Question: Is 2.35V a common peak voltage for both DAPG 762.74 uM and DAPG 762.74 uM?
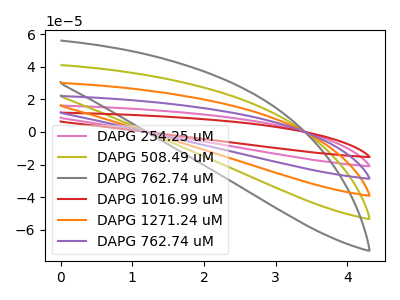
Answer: <think>The pink curve "DAPG 254.25 uM" has no peaks. The olive curve "DAPG 508.49 uM" has no peaks. The gray curve "DAPG 762.74 uM" has no peaks. The red curve "DAPG 1016.99 uM" has no peaks. The orange curve "DAPG 1271.24 uM" has no peaks. The purple curve "DAPG 762.74 uM" has no peaks.</think>
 <answer>No, "DAPG 762.74 uM" and "DAPG 762.74 uM" dont share a peak at 2.35V.</answer>
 <eval>mismatch</eval>